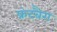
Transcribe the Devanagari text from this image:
फ्रंटबैग